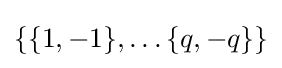
\{\{1,-1\},\ldots \{q,-q\}\}